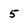
Character: 5